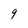
Character: 9